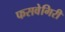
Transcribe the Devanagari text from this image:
फसवेगिरी